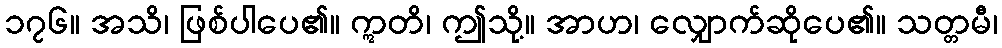
၁၇၆။ အသိ၊ ဖြစ်ပါပေ၏။ ဣတိ၊ ဤသို့။ အာဟ၊ လျှောက်ဆိုပေ၏။ သတ္တမီ၊